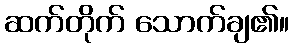
ဆက်တိုက် သောက်ချ၏။